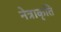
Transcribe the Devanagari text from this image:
नेत्राकृति